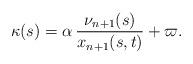
LaTeX: \begin{align*}\kappa(s)=\alpha\,\frac{\nu_{n+1}(s)}{x_{n+1}(s,t)}+\varpi.\end{align*}